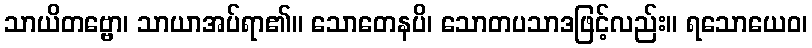
သာယိတဗ္ဗော၊ သာယာအပ်ရာ၏။ သောတေနပိ၊ သောတပသာဒဖြင့်လည်း။ ရသောယေဝ၊